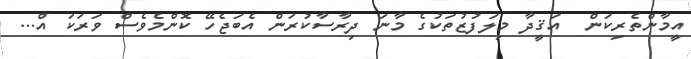
އީމާންތެރިކަން  އަޤީދާ މިލަފުޒުތަކުގެ މާނަ ދިރާސާކުރަން އެބަޖެހޭ ކޮންމެވެސް ވަރަކަ އް...